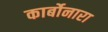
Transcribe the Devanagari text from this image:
कार्बोनारा